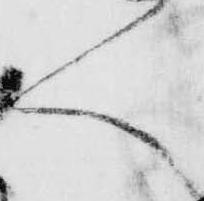
く